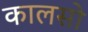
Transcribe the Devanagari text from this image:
कालसो